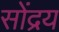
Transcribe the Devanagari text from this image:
सोंद्रय